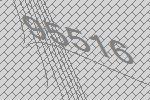
95516